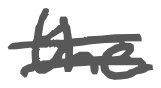
Text: the
Cross-out: double-line
Writing tool: digital_gray